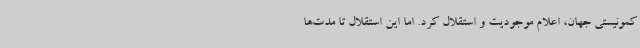
کمونیستی جهان، اعلام موجودیت و استقلال کرد. اما این استقلال تا مدت‌ها